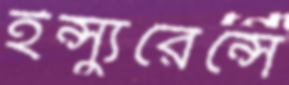
ইন্স্যুরেন্সে